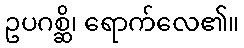
ဥပဂစ္ဆိ၊ ရောက်လေ၏။